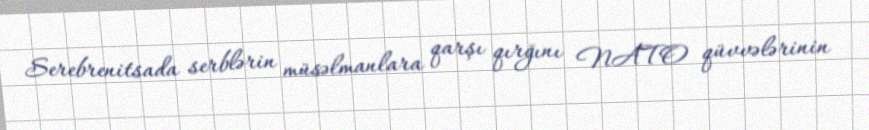
Serebrenitsada serblərin müsəlmanlara qarşı qırğını NATO qüvvələrinin